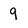
Character: 9